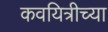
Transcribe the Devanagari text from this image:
कवयित्रीच्या